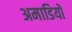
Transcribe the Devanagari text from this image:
अमाडियो